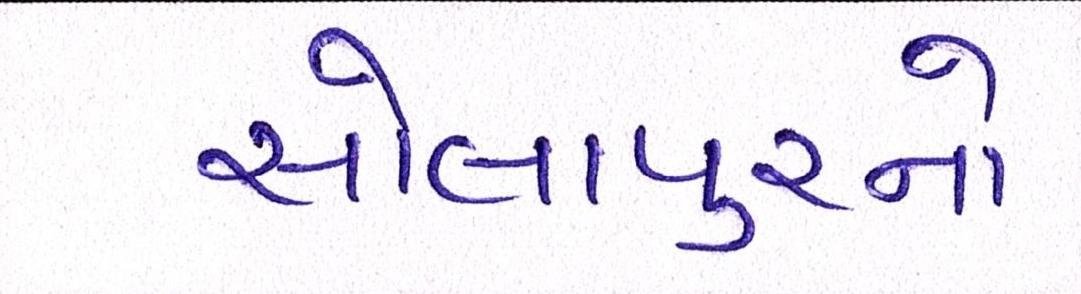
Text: સોલાપુરનો